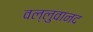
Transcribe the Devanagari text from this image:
वल्लुवानद